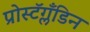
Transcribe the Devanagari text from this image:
प्रोस्टॅग्लँडिन